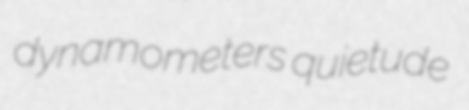
dynamometers quietude